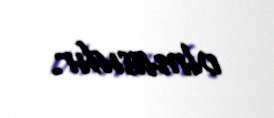
olmasıdır.